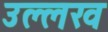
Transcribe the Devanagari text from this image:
उल्लख